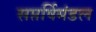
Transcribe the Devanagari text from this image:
सप्तर्षिमंडल